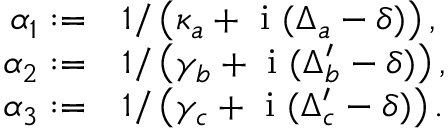
\begin{array} { r l } { \alpha _ { 1 } : = } & { { } 1 / \left( \kappa _ { a } + \mathrm { ~ i ~ } ( \Delta _ { a } - \delta ) \right) , } \\ { \alpha _ { 2 } : = } & { { } 1 / \left( \gamma _ { b } + \mathrm { ~ i ~ } ( \Delta _ { b } ^ { \prime } - \delta ) \right) , } \\ { \alpha _ { 3 } : = } & { { } 1 / \left( \gamma _ { c } + \mathrm { ~ i ~ } ( \Delta _ { c } ^ { \prime } - \delta ) \right) . } \end{array}